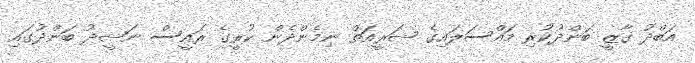
އަބްދު ގާޒީ ބަންދުކުރި މައްސަލައިގެ ޝަރީއަތް ނިމެންދެން ކުރީގެ ރައީސް ނަޝީދު ބަންދުގައި